Plague in India, 1896, 1897 - Volume 2
Year: 1896
Disease focus: Plague
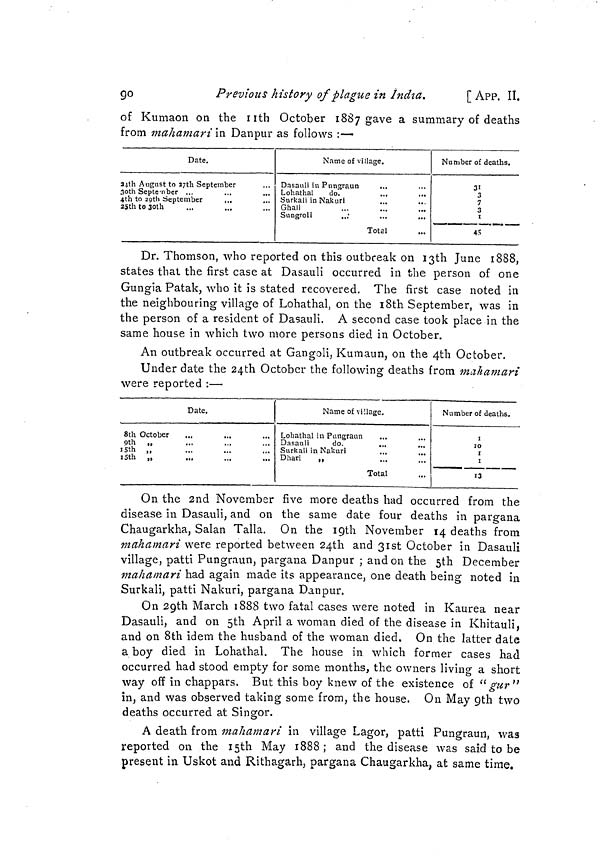
90
Previous history of plague in India.
[ APP. II.
of Kumaon on the nth October 1887 gave a summary of deaths
from mahamari in Danpur as follows :—
Date.
24th August to27thSeptember
3oth September ...
4th to 29th September
...
25th to 30th
Name of village.
Dasauli in Pungraun
Lohathal
do.
Sorkali in Nakuri
Ghali
Songroli
Total
Number of deaths.
31
3
7
3
1
45
Dr. Thomson, who reported on this outbreak on 13th June 1888,
states that the first case at Dasauli occurred in the person of one
Gungia Patak, who it is stated recovered. The first case noted in
the neighbouring village of Lohathal, on the 18th September, was in
the person of a resident of Dasauli. A second case took place in the
same house in which two more persons died in October.
An outbreak occurred at Gangoli, Kumaun, on the 4th October.
Under date the 24th October the following deaths from mahamari
were reported :—
Date.
8th October
9th „
15th „
Name of tillage.
Lohathal in Pimgraun
...
Dasauli
do.
...
Surbali in Nakuri
...
...
Dhari
„
Total
Number of deaths.
1
IO
1
1
13
On the 2nd November five more deaths had occurred from the
disease in Dasauli, and on the same date four deaths in pargana
Chaugarkha, Salan Talla. On the 19th November 14 deaths from
mahamari were reported between 24th and 31st October in Dasauli
village, patti Pungraun, pargana Danpur ; and on the 5th December
mahamari had again made its appearance, one death being noted in
Surkali, patti Nakuri, pargana Danpur.
On 29th March 1888 two fatal cases were noted in Kaurea near
Dasauli, and on 5th April a woman died of the disease in Khitauli,
and on 8th idem the husband of the woman died. On the latter date
a boy died in Lohathal. The house in which former cases had
occurred had stood empty for some months, the owners living a short
way off in chappars. But this boy knew of the existence of " gur"
in, and was observed taking some from, the house. On May 9th two
deaths occurred at Singor.
A death from mahamari in village Lagor, patti Pungraun, was
reported on the 15th May 1888; and the disease was said to be
present in Uskot and Rithagarh, pargana Chaugarkha, at same time.